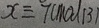
x \equiv 7 ( m o d 1 3 )